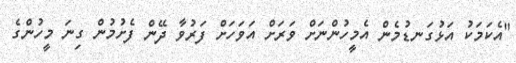
"އެކަމަކު އަޅުގަނޑުމެން އެމީހުންނަށް ވަރަށް އަވަހަށް ފަރުވާ ދޭން ފެށުމުން ގިނަ މީހުންގެ